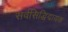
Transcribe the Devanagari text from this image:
सर्वसिद्धिदायक